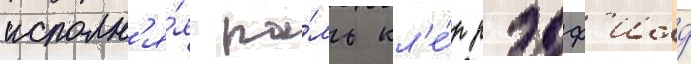
исполн'я́я ро́ль кл'е́р рэдф'илд